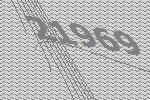
21969